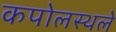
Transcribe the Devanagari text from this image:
कपोलस्थले